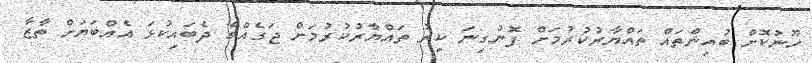
ހޫނުކޮށް ބުއިންތައް ތައްޔާރުކުރުމަށް ފޮނުގިނަ ކިރު ތައްޔާރުކުރުމަށް ޖަގެއްގެ ދެބައިކުޅަ އެއްބަޔަށް ތާޒާ